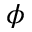
\phi